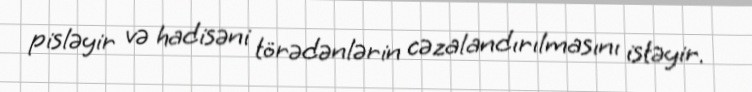
pisləyir və hadisəni törədənlərin cəzalandırılmasını istəyir.